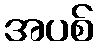
အပစ်